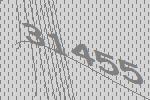
31455